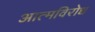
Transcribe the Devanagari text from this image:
आत्मविरोध